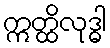
ဣတ္ထိလုဒ္ဓါ